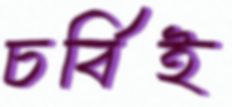
চর্বিই